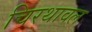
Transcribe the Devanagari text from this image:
चिरथावल